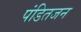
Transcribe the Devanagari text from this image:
पंडितजन